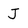
Character: J